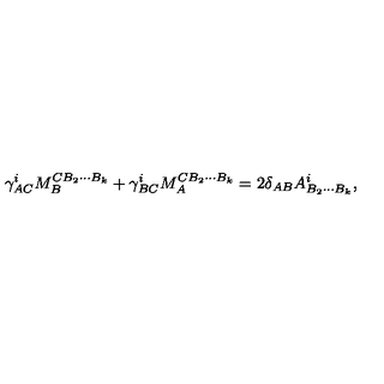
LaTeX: \gamma _ { A C } ^ { i } M _ { B } ^ { C B _ { 2 } \cdots B _ { k } } + \gamma _ { B C } ^ { i } M _ { A } ^ { C B _ { 2 } \cdots B _ { k } } = 2 \delta _ { A B } { A } _ { B _ { 2 } \cdots B _ { k } } ^ { i } ,